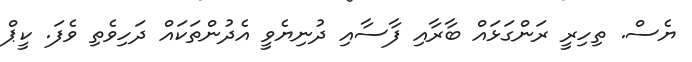
ޔެސް. ތިހިރީ ރަންގަޅައް ބާރާއި ފާސާއި ދުނިޔެވީ އެދުންތަކައް ދަހިވެތި ވެފަ. ކީޕް